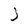
Character: 3